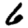
Digit: 6